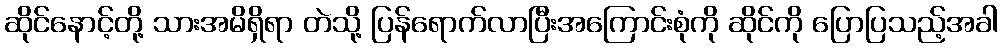
ဆိုင်နောင့်တို့ သားအမိရှိရာ တဲသို့ ပြန်ရောက်လာပြီးအကြောင်းစုံကို ဆိုင်ကို ပြောပြသည့်အခါ